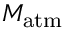
M _ { \mathrm { a t m } }